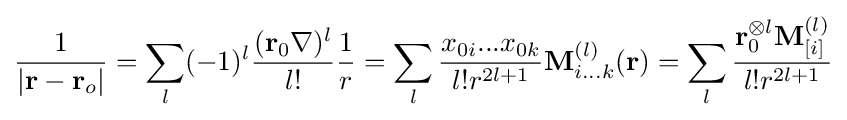
{\frac {1}{\left|\mathbf {r} -\mathbf {r} _{o}\right|}}=\sum _{l}(-1)^{l}{\frac {(\mathbf {r} _{0}\nabla )^{l}}{l!}}{\frac {1}{r}}=\sum _{l}{\frac {x_{0i}...x_{0k}}{l!r^{2l+1}}}\mathbf {M} _{i...k}^{(l)}(\mathbf {r} )=\sum _{l}{\frac {\mathbf {r} _{0}^{\otimes l}\mathbf {M} _{[i]}^{(l)}}{l!r^{2l+1}}}